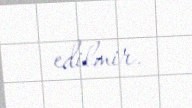
edilmir.